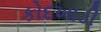
કોદખાડી